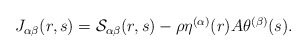
\begin{align*}\begin{aligned} & J_{\alpha\beta}(r,s)=\mathcal{S}_{\alpha\beta}(r,s)-\rho\eta^{(\alpha)}(r)A\theta^{(\beta)}(s).\end{aligned}\end{align*}